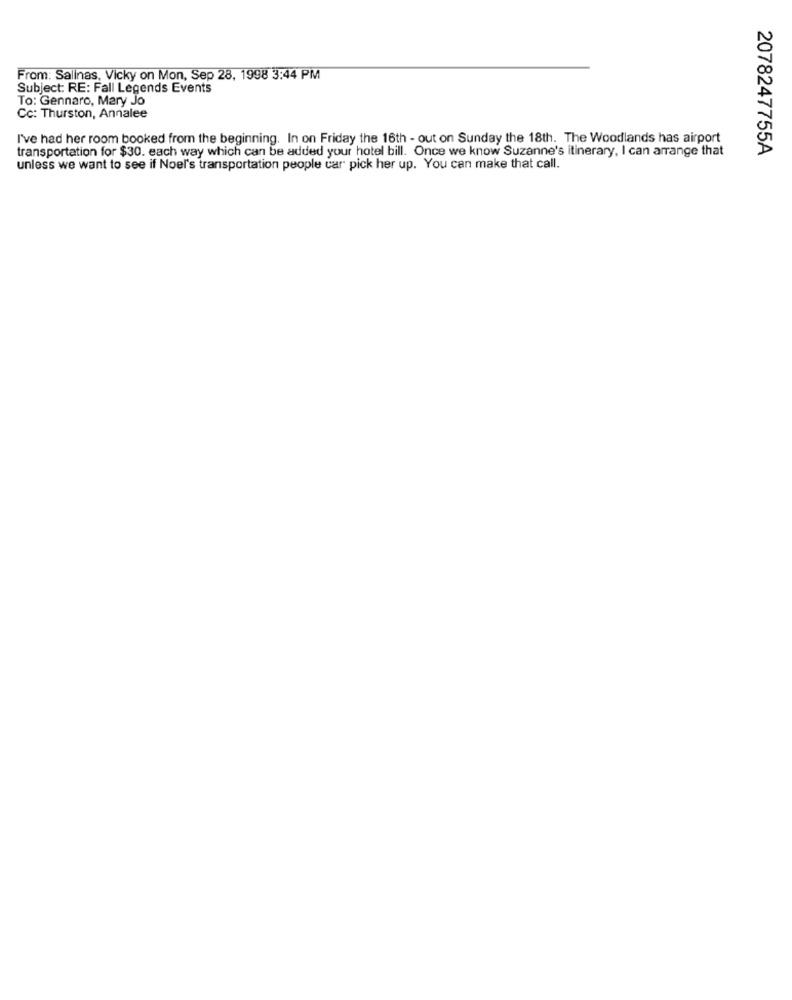
From: Salinas, Vicky on Mon, Sep 28, 1998 3:44 PM
Subject: RE: Fall Legends Events
To: Gennaro, Mary Jo
Cc: Thurston, Annalee
I've had her room booked from the beginning. In on Friday the 16th - out on Sunday the 18th. The Woodlands has airport
transportation for $30. each way which can be added your hotel bill. Once we know Suzanne's itinerary, I can arrange that
2078247755A
unless we want to see if Noel's transportation people car pick her up. You can make that call.